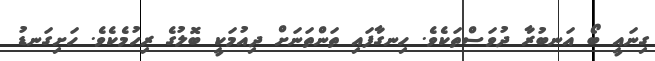
ގިނައީ ބޯ އަނބުރާ ދުވަސްތަކެވެ. ހިނގާފައި ތަންތަނަށް ދިއުމަކީ ބޮލުގެ ރިހުމެކެވެ. ހަށިގަނޑު